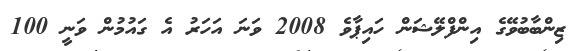
ޒިންބާބުވޭގެ އިންފްލޭޝަން ހައިޕާވެ 2008 ވަނަ އަހަރު އެ ގައުމުން ވަނީ 100